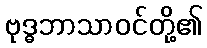
ဗုဒ္ဓဘာသာဝင်တို့၏